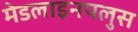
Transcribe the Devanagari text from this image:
मेडलाइनपलुस